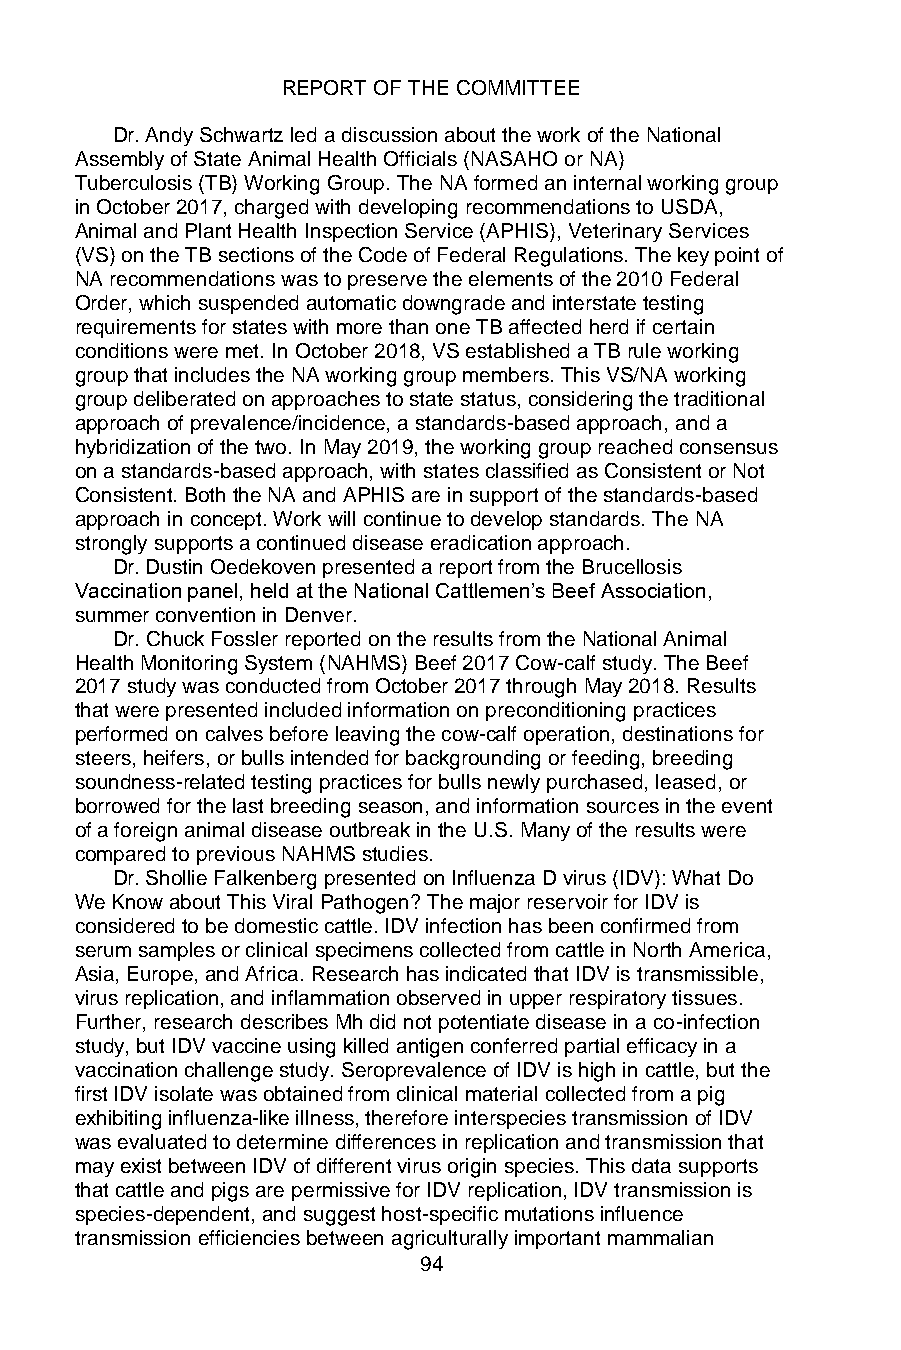
REPORT OF THE COMMITTEE
 Dr. Andy Schwartz led a discussion about the work of the National
 Assembly of State Animal Health Officials (NASAHO or NA)
 Tuberculosis (TB) Working Group. The NA formed an internal working group
 in October 2017, charged with developing recommendations to USDA,
 Animal and Plant Health Inspection Service (APHIS), Veterinary Services
 (VS) on the TB sections of the Code of Federal Regulations. The key point of
 NA recommendations was to preserve the elements of the 2010 Federal
 Order, which suspended automatic downgrade and interstate testing
 requirements for states with more than one TB affected herd if certain
 conditions were met. In October 2018, VS established a TB rule working
 group that includes the NA working group members. This VS/NA working
 group deliberated on approaches to state status, considering the traditional
 approach of prevalence/incidence, a standards-based approach, and a
 hybridization of the two. In May 2019, the working group reached consensus
 on a standards-based approach, with states classified as Consistent or Not
 Consistent. Both the NA and APHIS are in support of the standards-based
 approach in concept. Work will continue to develop standards. The NA
 strongly supports a continued disease eradication approach.
 Dr. Dustin Oedekoven presented a report from the Brucellosis
 Vaccination panel, held at the National Cattlemen’s Beef Association,
 summer convention in Denver.
 Dr. Chuck Fossler reported on the results from the National Animal
 Health Monitoring System (NAHMS) Beef 2017 Cow-calf study. The Beef
 2017 study was conducted from October 2017 through May 2018. Results
 that were presented included information on preconditioning practices
 performed on calves before leaving the cow-calf operation, destinations for
 steers, heifers, or bulls intended for backgrounding or feeding, breeding
 soundness-related testing practices for bulls newly purchased, leased, or
 borrowed for the last breeding season, and information sources in the event
 of a foreign animal disease outbreak in the U.S. Many of the results were
 compared to previous NAHMS studies.
 Dr. Shollie Falkenberg presented on Influenza D virus (IDV): What Do
 We Know about This Viral Pathogen? The major reservoir for IDV is
 considered to be domestic cattle. IDV infection has been confirmed from
 serum samples or clinical specimens collected from cattle in North America,
 Asia, Europe, and Africa. Research has indicated that IDV is transmissible,
 virus replication, and inflammation observed in upper respiratory tissues.
 Further, research describes Mh did not potentiate disease in a co-infection
 study, but IDV vaccine using killed antigen conferred partial efficacy in a
 vaccination challenge study. Seroprevalence of IDV is high in cattle, but the
 first IDV isolate was obtained from clinical material collected from a pig
 exhibiting influenza-like illness, therefore interspecies transmission of IDV
 was evaluated to determine differences in replication and transmission that
 may exist between IDV of different virus origin species. This data supports
 that cattle and pigs are permissive for IDV replication, IDV transmission is
 species-dependent, and suggest host-specific mutations influence
 transmission efficiencies between agriculturally important mammalian
 94